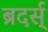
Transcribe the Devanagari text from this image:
ब्रदर्स्